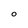
Character: O